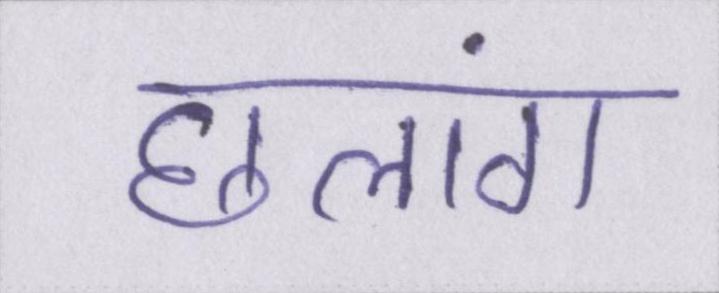
छलांग